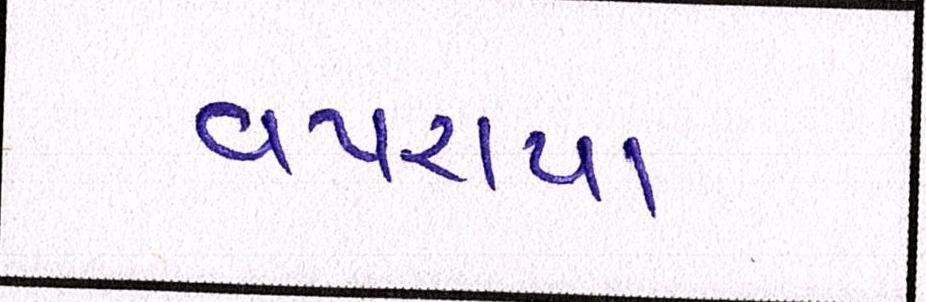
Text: વપરાયા